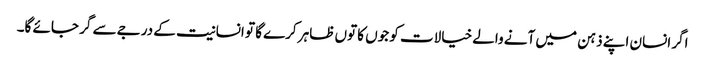
اگر انسان اپنے ذہن میں آنے والے خیالات کو جوں کا توں ظاہر کرے گا تو انسانیت کے درجے سے گر جائے گا۔